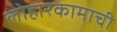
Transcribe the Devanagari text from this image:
लोहारकामाची